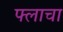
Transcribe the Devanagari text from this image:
फ्लाचा